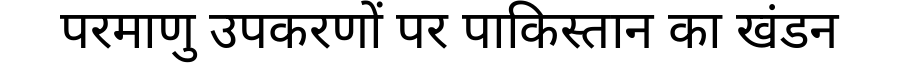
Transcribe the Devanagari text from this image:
परमाणु उपकरणों पर पाकिस्तान का खंडन